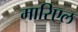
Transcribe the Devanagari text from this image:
मारिएल